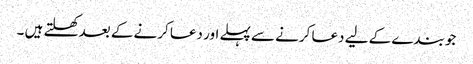
جو بندے کے لیے دعا کرنے سے پہلے اور دعا کرنے کے بعد کھلتے ہیں ۔